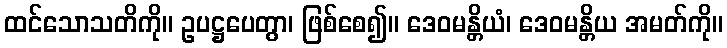
ထင်သောသတိကို။ ဥပဋ္ဌပေတွာ၊ ဖြစ်စေ၍။ ဒေဝမန္တိယံ၊ ဒေဝမန္တိယ အမတ်ကို။